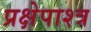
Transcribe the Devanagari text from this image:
प्रक्षेपाश्त्र